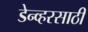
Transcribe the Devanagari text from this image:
डेन्व्हरसाठी